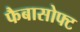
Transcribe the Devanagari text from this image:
फैबासोफ्ट